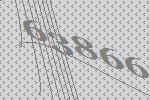
63866